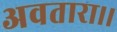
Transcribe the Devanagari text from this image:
अवतारा।।